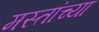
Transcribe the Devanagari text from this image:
मस्तांच्या